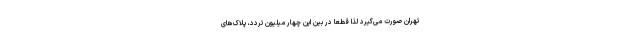
تهران صورت می‌گیرد لذا قطعاً در بین این چهار میلیون تردد، پلاک‌های